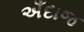
અઁદાજ